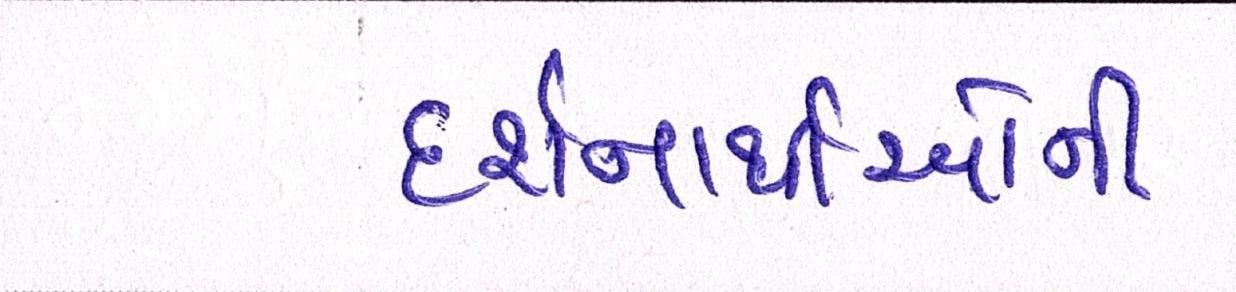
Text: દર્શનાર્થીઓની